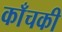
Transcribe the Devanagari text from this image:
काँचकी